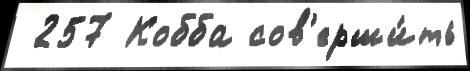
 257 Кобба сов'ерши́ть